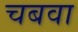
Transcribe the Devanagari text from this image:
चबवा